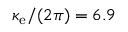
\kappa _ { \mathrm { e } } / ( 2 \pi ) = 6 . 9